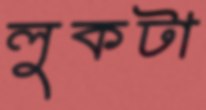
লুকটা